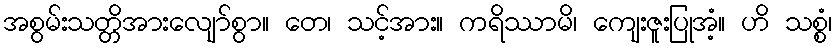
အစွမ်းသတ္တိအားလျော်စွာ။ တေ၊ သင့်အား။ ကရိဿာမိ၊ ကျေးဇူးပြုအံ့။ ဟိ သစ္စံ၊